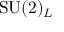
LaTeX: \mathrm { S U } ( 2 ) _ { L }